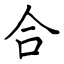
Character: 合